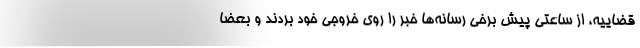
قضاییه، از ساعتی پیش برخی رسانه‌ها خبر را روی خروجی خود بردند و بعضا